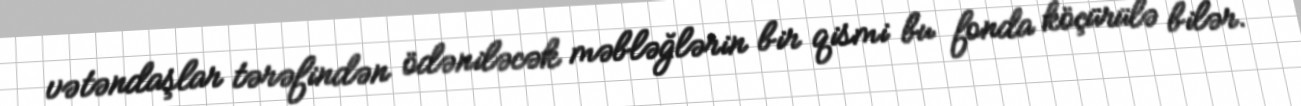
vətəndaşlar tərəfindən ödəniləcək məbləğlərin bir qismi bu fonda köçürülə bilər.